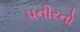
પનીરનો